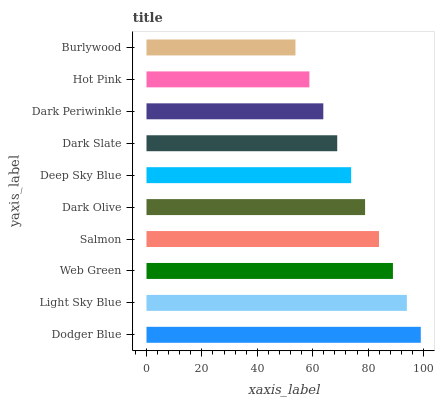
| yaxis_label | bars |
 | --- | --- |
 | Dodger Blue | 99 |
 | Light Sky Blue | 94 |
 | Web Green | 88.9 |
 | Salmon | 83.9 |
 | Dark Olive | 78.9 |
 | Deep Sky Blue | 73.9 |
 | Dark Slate | 68.8 |
 | Dark Periwinkle | 63.8 |
 | Hot Pink | 58.8 |
 | Burlywood | 53.8 |